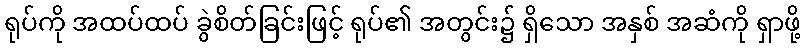
ရုပ်ကို အထပ်ထပ် ခွဲစိတ်ခြင်းဖြင့် ရုပ်၏ အတွင်း၌ ရှိသော အနှစ် အဆံကို ရှာဖို့